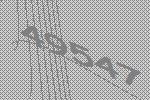
49547